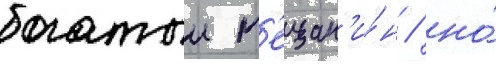
богатыи м'ещан'и́н / но́